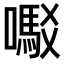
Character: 𫬇